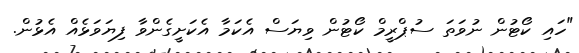
"ހައި ކޯޓުން ނުވަތަ ސުޕްރީމް ކޯޓުން ވިޔަސް އެކަމާ އެކަށީގެންވާ ފިޔަވަޅެއް އެޅުން.